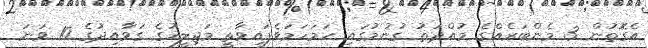
އެގޮތުން 3 މެންބަރެއްގެ މުއްދަތު ގުނުމުގައި ހަމަހަމަވެފައިވާތީ މަޖިލީހުގެ ގަވާއިދުގެ 10 ވަނަ